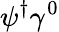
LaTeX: \psi^{\dagger}\gamma^{0}